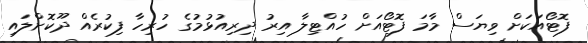
ފޮޓޯއަަކަށް ވިޔަސް މާމަ ފޮޓޯއަށް ހުއްޓިލާ އިރު ދިރިއުޅުމުގެ ހުރިހާ ފިކުރެއް ދޫކޮށްލައި